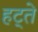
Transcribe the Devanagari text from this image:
हट्ते